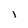
Character: l